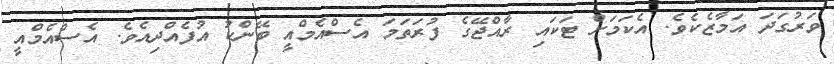
ވަރުގަދަ އަމާޒެކެވެ. އެކަމަށް ޓަކައި ރާއްޖޭގެ ފުރަތަމަ އެސްއެމްއީ ބޭންކު އުފެއްދިއެވެ. އެސްއެމްއީ